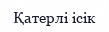
Қатерлі ісік